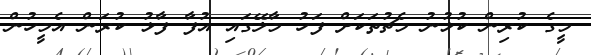
މީގެ ކުރިން ކުޅުނު މެޗުތަކަށް ފަހު މާލޭގައި އުފާ ފާޅު ކުރަން އެމީހުން